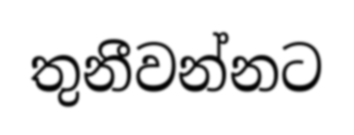
තුනීවන්නට